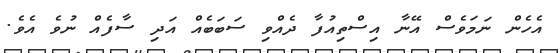
އެހެން ނަމަވެސް އޭނާ އިސްތިއުފާ ދެއްވި ސަބަބެއް އަދި ސާފެއް ނުވެ އެވެ.